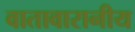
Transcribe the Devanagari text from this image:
वातावारानीय